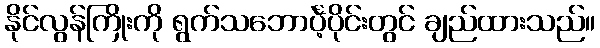
နိုင်လွန်ကြိုးကို ရွက်သဘောင်္ပဲ့ပိုင်းတွင် ချည်ထားသည်။